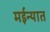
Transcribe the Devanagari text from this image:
मईन्यात